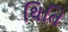
થિતિ